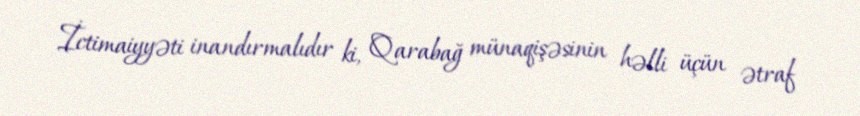
İctimaiyyəti inandırmalıdır ki, Qarabağ münaqişəsinin həlli üçün ətraf